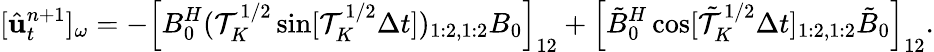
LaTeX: [\hat{\mathbf u}_{t}^{n+1}]_{\omega}=-\left[B_{0}^{H}({\cal T}_{K}^{1/2}\sin[{\cal T}_{K}^{1/2}\Delta t])_{1:2,1:2}B_{0}\right]_{12}+\left[\tilde{B}_{0}^{H}\cos[\tilde{\cal T}_{K}^{1/2}\Delta t]_{1:2,1:2}\tilde{B}_{0}\right]_{12}.